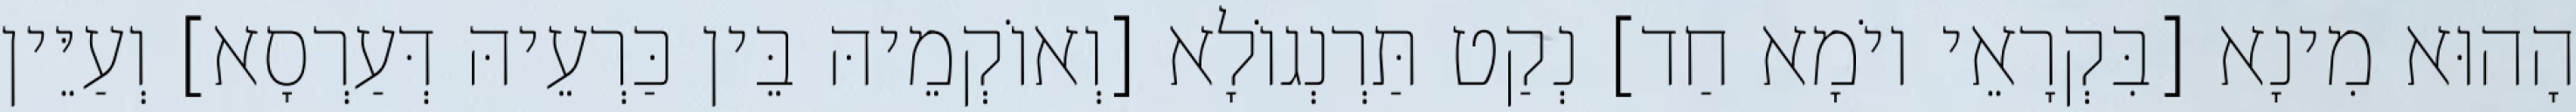
הָהוּא מִינָא [בִּקְרָאֵי יוֹמָא חַד] נְקַט תַּרְנְגוֹלָא [וְאוֹקְמֵיהּ בֵּין כַּרְעֵיהּ דְּעַרְסָא] וְעַיֵּין